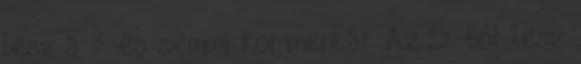
lesz a 3. és semmi kommentár. Az 5.-ből lesz